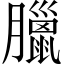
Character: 臘